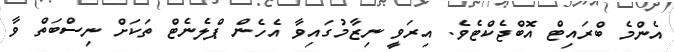
އެންމެ ބްރައިޓް އޮބްޖެކްޓެވެ. އިރަވީ ނިޒާމުގައިވާ އެހެން ޕްލެނެޓް ތަކަށް ނިސްބަތް ވާ